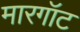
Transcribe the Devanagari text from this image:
मारगॉट